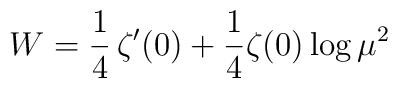
W=\frac{1}{4}\,\zeta'(0)+\frac{1}{4} \zeta(0) \log \mu^2